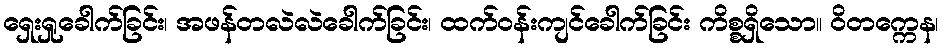
ရှေးရှုခေါက်ခြင်း၊ အဖန်တလဲလဲခေါက်ခြင်း၊ ထက်ဝန်းကျင်ခေါက်ခြင်း ကိစ္စရှိသော။ ဝိတက္ကေန၊